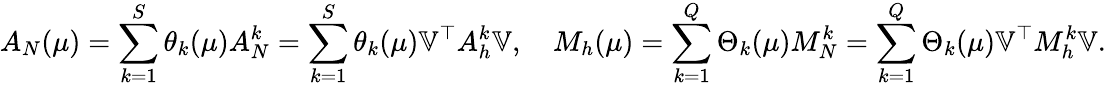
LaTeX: A_{N}(\mu)=\sum_{k=1}^{S}\theta_{k}(\mu)A_{N}^{k}=\sum_{k=1}^{S}\theta_{k}(\mu)\mathbb{V}^{\top}A_{h}^{k}\mathbb{V},\quad M_{h}(\mu)=\sum_{k=1}^{Q}\Theta_{k}(\mu)M_{N}^{k}=\sum_{k=1}^{Q}\Theta_{k}(\mu)\mathbb{V}^{\top}M_{h}^{k}\mathbb{V}.